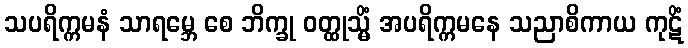
သပရိက္ကမနံ သာရမ္ဘေ စေ ဘိက္ခု ဝတ္ထုသ္မိံ အပရိက္ကမနေ သညာစိကာယ ကုဋိံ